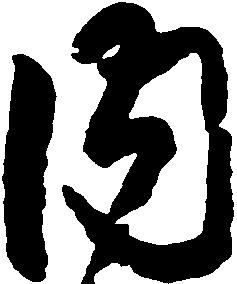
内